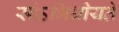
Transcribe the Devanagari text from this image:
सोऽभिधीयते